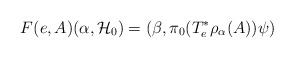
\begin{align*}F(e,A) (\alpha ,{\cal H}_0) = (\beta ,\pi _0 (T^*_e\rho _\alpha (A))\psi )\end{align*}